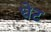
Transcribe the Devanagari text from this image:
धेट